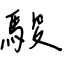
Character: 駿